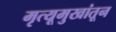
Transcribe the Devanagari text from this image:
मृत्यूमुखांतून